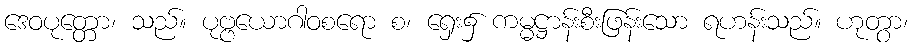
ဒေဝပုတ္တော၊ သည်။ ပုဗ္ဗယောဂါဝစရော စ၊ ရှေး၌ ကမ္မဋ္ဌာန်းစီးဖြန်းသော ရဟန်းသည်။ ဟုတွာ၊